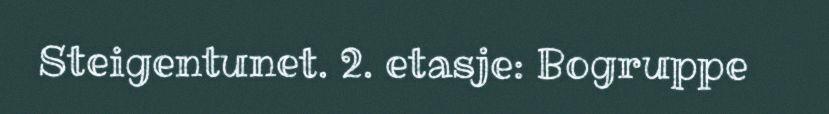
Steigentunet. 2. etasje: Bogruppe